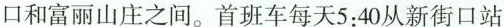
口和富丽山庄之间。首班车每天5:40从新街口站